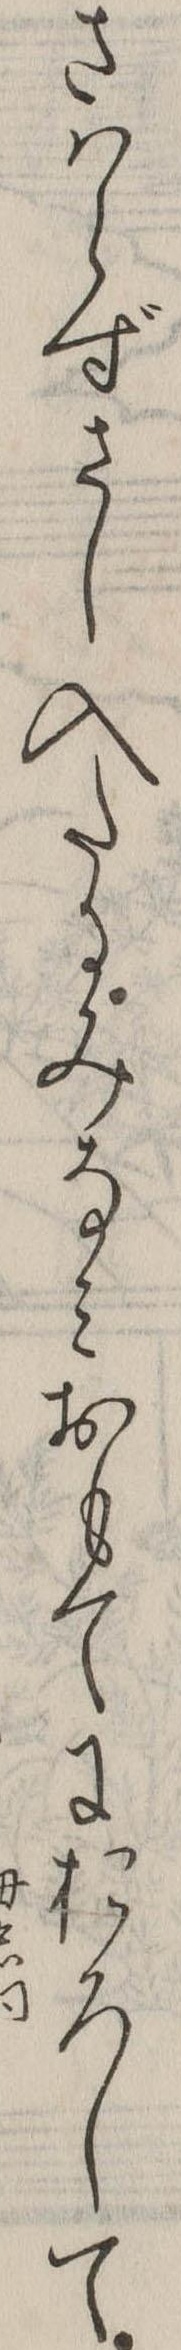
さはらずさし入たるみなみおもてにおろして